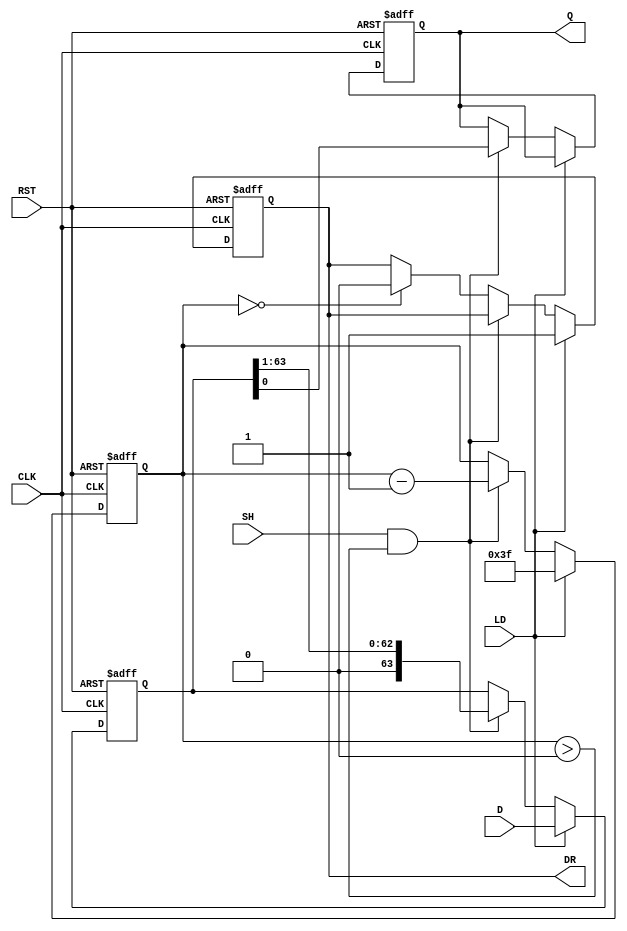
module PISO_Register (
    input wire [63:0] D,      // 64-bit data input
    input wire LD,            // Load signal
    input wire SH,            // Shift signal
    input wire CLK,           // Clock signal
    input wire RST,           // Reset signal
    output reg Q,             // Serial output
    output reg DR             // Data Ready signal
);

    reg [63:0] shift_reg;     // Internal shift register
    reg [5:0] bit_count;      // Bit counter for shifting

    // Asynchronous reset
    always @(posedge CLK or posedge RST) begin
        if (RST) begin
            shift_reg <= 64'b0; // Clear the register
            Q <= 1'b0;          // Clear the output
            DR <= 1'b0;         // Clear Data Ready signal
            bit_count <= 6'b0;  // Reset bit counter
        end else begin
            if (LD) begin
                shift_reg <= D;  // Load data into the register
                bit_count <= 6'd63; // Set bit count to 63 (for shifting)
                DR <= 1'b1;      // Indicate data is ready
            end else if (SH && bit_count > 0) begin
                Q <= shift_reg[0]; // Shift out the LSB
                shift_reg <= shift_reg >> 1; // Shift right
                bit_count <= bit_count - 1; // Decrement bit counter
            end else if (bit_count == 0) begin
                DR <= 1'b0; // Clear Data Ready signal when done
            end
        end
    end

endmodule